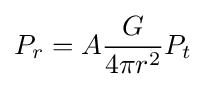
P_{r}=A{\frac {G}{4\pi r^{2}}}P_{t}